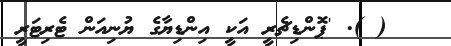
( ). 'ޕޮންޑިޗެރީ އަކީ އިންޑިޔާގެ ޔުނިއަން ޓެރިޓަރީ